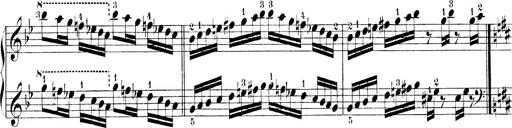
Title: Technische Studien
Composer: Franz Liszt